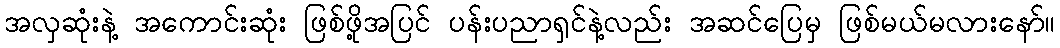
အလှဆုံးနဲ့ အကောင်းဆုံး ဖြစ်ဖို့အပြင် ပန်းပညာရှင်နဲ့လည်း အဆင်ပြေမှ ဖြစ်မယ်မလားနော်။